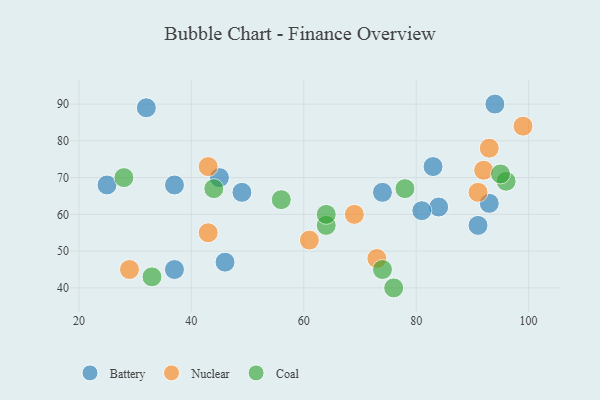
{"axis": {"x": "GDP", "y": "Life Expectancy"}, "legend": ["Battery", "Coal", "Nuclear"], "data": [{"x": "93", "y": 63, "type": "Battery"}, {"x": "45", "y": 70, "type": "Battery"}, {"x": "32", "y": 89, "type": "Battery"}, {"x": "37", "y": 68, "type": "Battery"}, {"x": "91", "y": 57, "type": "Battery"}, {"x": "49", "y": 66, "type": "Battery"}, {"x": "74", "y": 66, "type": "Battery"}, {"x": "46", "y": 47, "type": "Battery"}, {"x": "83", "y": 73, "type": "Battery"}, {"x": "94", "y": 90, "type": "Battery"}, {"x": "25", "y": 68, "type": "Battery"}, {"x": "37", "y": 45, "type": "Battery"}, {"x": "84", "y": 62, "type": "Battery"}, {"x": "81", "y": 61, "type": "Battery"}, {"x": "92", "y": 72, "type": "Nuclear"}, {"x": "43", "y": 55, "type": "Nuclear"}, {"x": "29", "y": 45, "type": "Nuclear"}, {"x": "69", "y": 60, "type": "Nuclear"}, {"x": "73", "y": 48, "type": "Nuclear"}, {"x": "43", "y": 73, "type": "Nuclear"}, {"x": "99", "y": 84, "type": "Nuclear"}, {"x": "91", "y": 66, "type": "Nuclear"}, {"x": "61", "y": 53, "type": "Nuclear"}, {"x": "93", "y": 78, "type": "Nuclear"}, {"x": "78", "y": 67, "type": "Coal"}, {"x": "96", "y": 69, "type": "Coal"}, {"x": "64", "y": 57, "type": "Coal"}, {"x": "76", "y": 40, "type": "Coal"}, {"x": "56", "y": 64, "type": "Coal"}, {"x": "95", "y": 71, "type": "Coal"}, {"x": "64", "y": 60, "type": "Coal"}, {"x": "28", "y": 70, "type": "Coal"}, {"x": "44", "y": 67, "type": "Coal"}, {"x": "74", "y": 45, "type": "Coal"}, {"x": "33", "y": 43, "type": "Coal"}]}